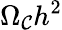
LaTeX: \Omega_{\mathcal{C}}h^{2}